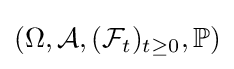
(\Omega ,{\mathcal {A}},({\mathcal {F}}_{t})_{t\geq 0},\mathbb {P} )